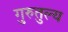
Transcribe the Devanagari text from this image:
गुरुतुल्य